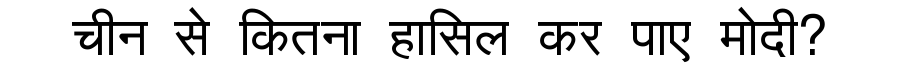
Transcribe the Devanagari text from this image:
चीन से कितना हासिल कर पाए मोदी?